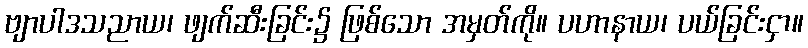
ဗျာပါဒသညာယ၊ ဖျက်ဆီးခြင်း၌ ဖြစ်သော အမှတ်ကို။ ပဟာနာယ၊ ပယ်ခြင်းငှာ။